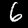
Label: 6